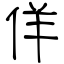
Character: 佯